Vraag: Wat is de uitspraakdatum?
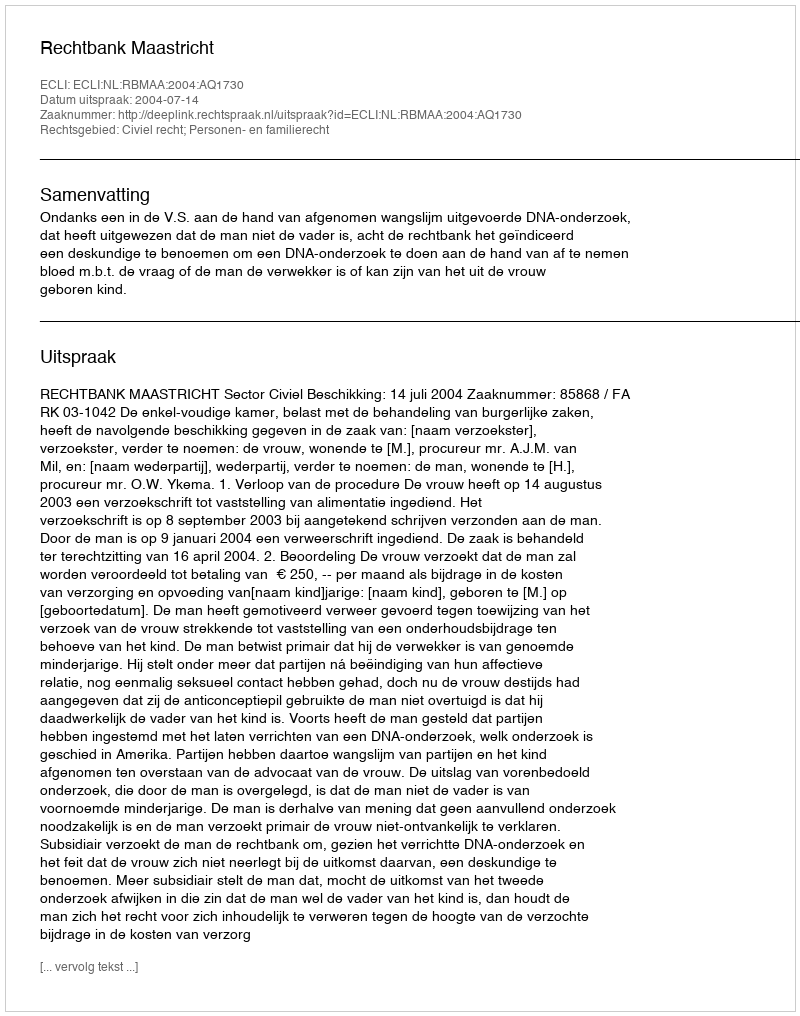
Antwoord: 2004-07-14